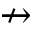
\nrightarrow